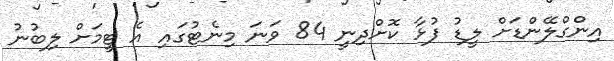
އިންގްލޭންޑަށް ލީޑު ފުޅާ ކޮށްދިނީ 84 ވަނަ މިނެޓުގައި އެ ޓީމަށް ލިބުނު